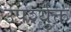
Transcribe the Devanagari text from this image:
उपर्श्युक्त